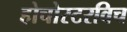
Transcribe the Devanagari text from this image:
होचोस्टरविच